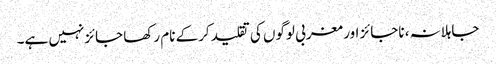
جاہلانہ، ناجائز اور مغربی لوگوں کی تقلید کرکے نام رکھا جائزنہیں ہے۔